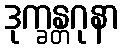
ဒုက္ခန္တဂုနာ